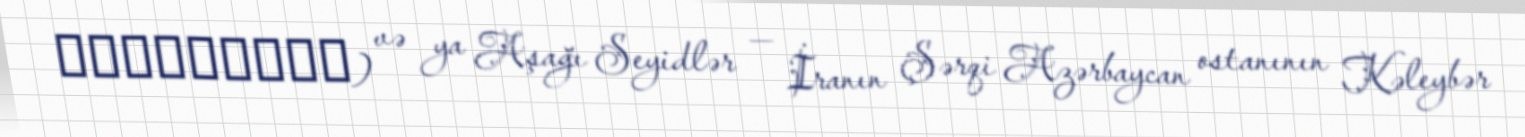
سيدلرسفلي) və ya Aşağı Seyidlər — İranın Şərqi Azərbaycan ostanının Kəleybər